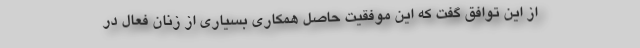
از این توافق گفت که این موفقیت حاصل همکاری بسیاری از زنان فعال در